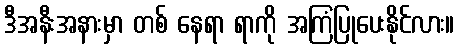
ဒီအနီးအနားမှာ တစ် နေရာ ရာကို အကြံပြုပေးနိုင်လား။